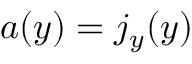
a ( y ) = j _ { y } ( y )